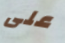
على